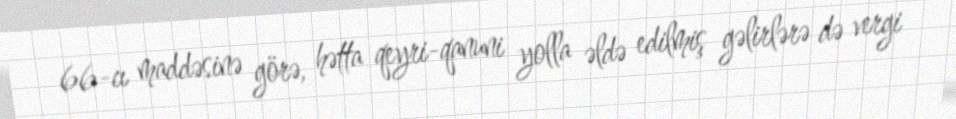
66-cı maddəsinə görə, hətta qeyri-qanuni yolla əldə edilmiş gəlirlərə də vergi